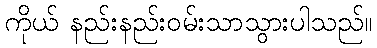
ကိုယ် နည်းနည်းဝမ်းသာသွားပါသည်။